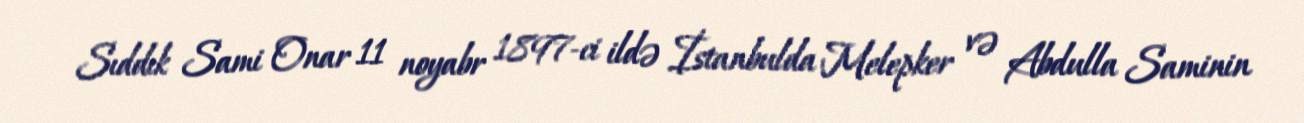
Sıddık Sami Onar 11 noyabr 1897-ci ildə İstanbulda Melepker və Abdulla Saminin